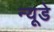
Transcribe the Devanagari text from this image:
न्यूडे